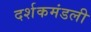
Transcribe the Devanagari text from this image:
दर्शकमंडली